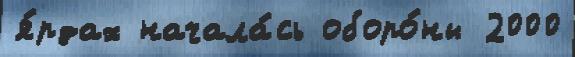
я́рдах начала́сь оборо́ны 2000